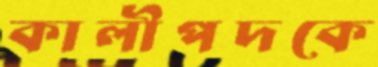
কালীপদকে